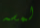
لمسه